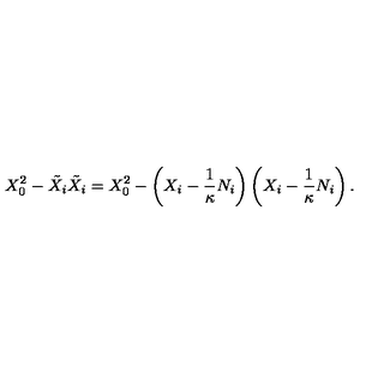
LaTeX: X _ { 0 } ^ { 2 } - \tilde { X } _ { i } \tilde { X } _ { i } = X _ { 0 } ^ { 2 } - \left( X _ { i } - \frac 1 \kappa N _ { i } \right) \left( X _ { i } - \frac 1 \kappa N _ { i } \right) .